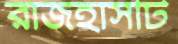
রাজহাঁসটি